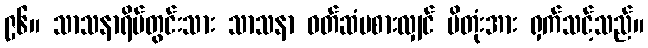
၉၆။ သာသနာရိပ်တွင်းသား သာသနာ ဝတ်ဆံမစားလျှင် ပိတုံးအား ရှက်သင့်သည်။